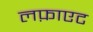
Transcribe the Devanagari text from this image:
लफ़ाएट